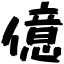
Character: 億